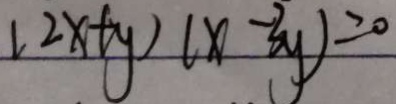
( 2 x + y ) ( x - 3 y ) = 0